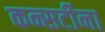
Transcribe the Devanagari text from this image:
कन्सर्टीना